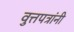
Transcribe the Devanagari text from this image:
वुत्तपत्रांनी